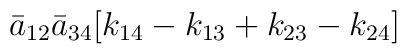
{\bar a}_{12}{\bar a}_{34}[k_{14}-k_{13}+k_{23}-k_{24}]